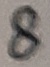
Text: 8